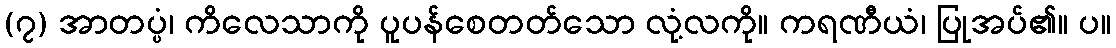
(၇) အာတပ္ပံ၊ ကိလေသာကို ပူပန်စေတတ်သော လုံ့လကို။ ကရဏီယံ၊ ပြုအပ်၏။ ပ။